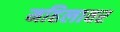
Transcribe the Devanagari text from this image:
महिलावर